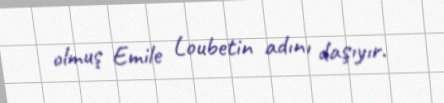
olmuş Emile Loubetin adını daşıyır.